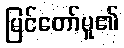
မြင်တော်မူ၏